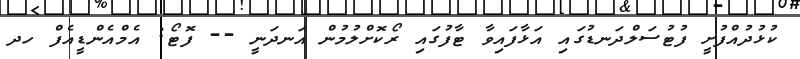
ކުޅުދުއްފުށީ ފުޓުސަލްދަނޑުގައި އަޅާފައިވާ ޓާފުގައި ރޯކޮށްލުމުން އަނދަނީ -- ފޮޓޯ: އެމްއެންޑީއެފް ހދ